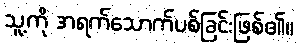
သူ့ကို အရက်သောက်ပစ်ခြင်းဖြစ်၏။